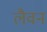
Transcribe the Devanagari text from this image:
लैवन